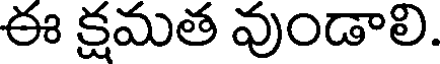
ఈ క్షమత వుండాలి.